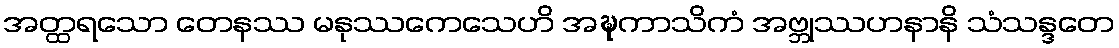
အတ္ထရသော တေနဿ မနုဿကေသေဟိ အဍ္ဎကာသိကံ အဗ္ဘုဿဟနာနိ သံသန္ဒတေ